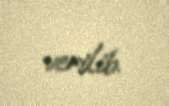
verilib.